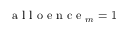
\mathrm { ~ a ~ l ~ l ~ o ~ e ~ n ~ c ~ e ~ } _ { m } = 1